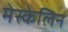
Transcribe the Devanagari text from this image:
मेस्केलिन